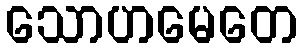
သောဟမေတေ